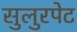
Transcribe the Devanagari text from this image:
सुलुरपेट